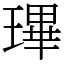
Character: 㻫